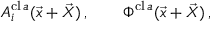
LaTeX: A _ { i } ^ { \mathrm { c l } \, a } ( \vec { x } + \vec { X } ) \, , \qquad \Phi ^ { \mathrm { c l } \, a } ( \vec { x } + \vec { X } ) \, ,